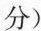
分）